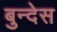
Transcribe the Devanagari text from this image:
बुन्देस